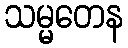
သမ္မတေန